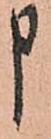
申